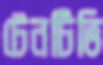
টেনটিভি